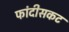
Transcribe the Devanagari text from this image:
फांदीसकट